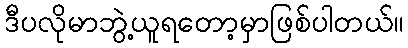
ဒီပလိုမာဘွဲ့ယူရတော့မှာဖြစ်ပါတယ်။